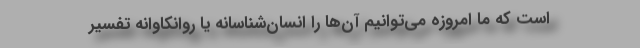
است که ما امروزه می‌توانیم آن‌ها را انسان‌شناسانه یا روانکاوانه تفسیر